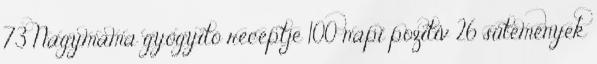
73 Nagymama gyógyító receptje 100 napi pozitív 26 sütemények